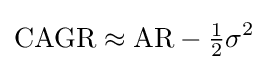
\mathrm {CAGR} \approx \mathrm {AR} -{\tfrac {1}{2}}\sigma ^{2}